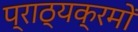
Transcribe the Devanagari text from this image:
प्राठ्यक्रमों